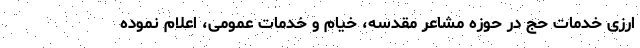
ارزی خدمات حج در حوزه مشاعر مقدسه، خیام و خدمات عمومی، اعلام نموده